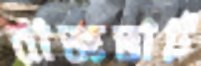
রাজভাট